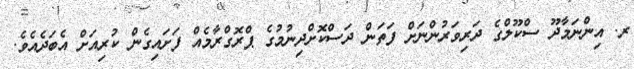
ރ. އިންނަމާދޫ ސްކޫލްގެ ދަރިވަރުންނަށް ފަތަން ދަސްކޮށްދިނުމުގެ ޕްރޮގްރާމެއް ފަށައިގެން ކުރިއަށް އެބަދެއެވެ.